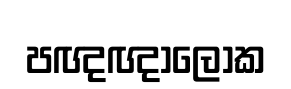
පඥඥාලෝක